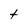
Character: t